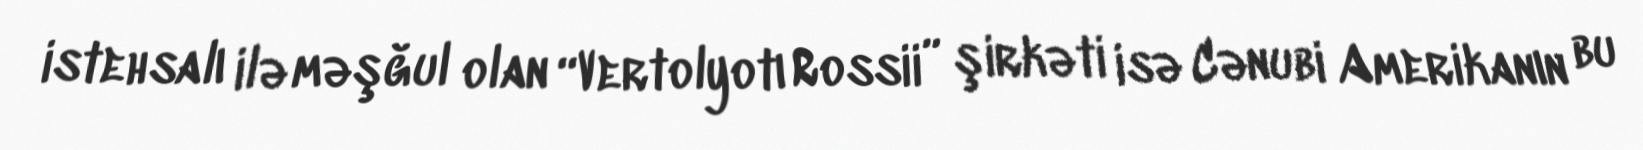
istehsalı ilə məşğul olan “Vertolyotı Rossii” şirkəti isə Cənubi Amerikanın bu